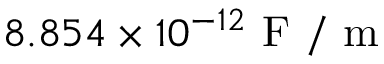
8 . 8 5 4 \times 1 0 ^ { - 1 2 } \mathrm { ~ F ~ } / \mathrm { ~ m ~ }